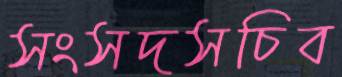
সংসদসচিব